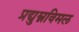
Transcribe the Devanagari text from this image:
प्रद्युम्नविमल